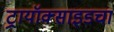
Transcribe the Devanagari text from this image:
ट्रायॉक्साइडचा